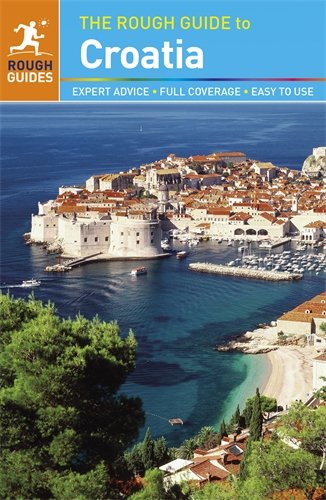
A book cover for The Rough Guide to Croatia; Jonathan Bousfield; Travel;